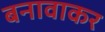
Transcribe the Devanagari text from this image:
बनावाकर